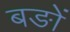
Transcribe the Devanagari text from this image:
बङों